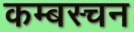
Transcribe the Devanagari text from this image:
कम्बस्चन